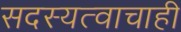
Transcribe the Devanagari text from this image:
सदस्यत्वाचाही